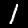
Label: 1